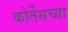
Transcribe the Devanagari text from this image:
कोर्तेसच्या